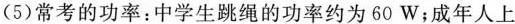
(5)常考的功率：中学生跳绳的功率约为60W；成年人上